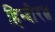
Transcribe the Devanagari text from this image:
हिन्दीरत्न